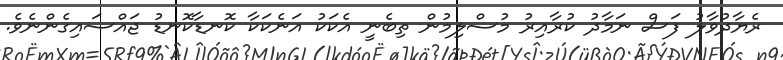
ރެޔާދުވާލު ފަސް ނަމާދު ކުރާއިރު މުސްލިމުން ތިބެނީ އެކަކު އަނެކަކާ ކޮނޑާކޮނޑު ޖައްސައިގެންނެވެ.